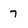
Character: 7